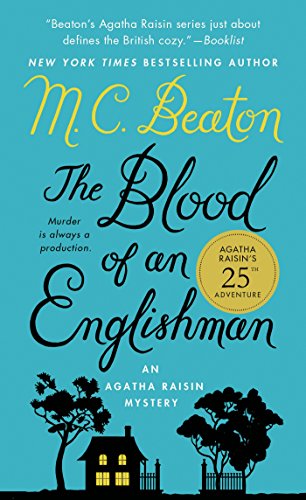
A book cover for The Blood of an Englishman: An Agatha Raisin Mystery (Agatha Raisin Mysteries); M. C. Beaton; Mystery, Thriller & Suspense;